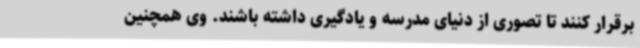
برقرار کنند تا تصوری از دنیای مدرسه و یادگیری داشته باشند. وی همچنین